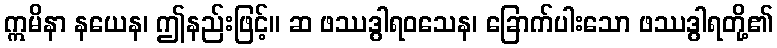
ဣမိနာ နယေန၊ ဤနည်းဖြင့်။ ဆ ဖဿဒွါရဝသေန၊ ခြောက်ပါးသော ဖဿဒွါရတို့၏